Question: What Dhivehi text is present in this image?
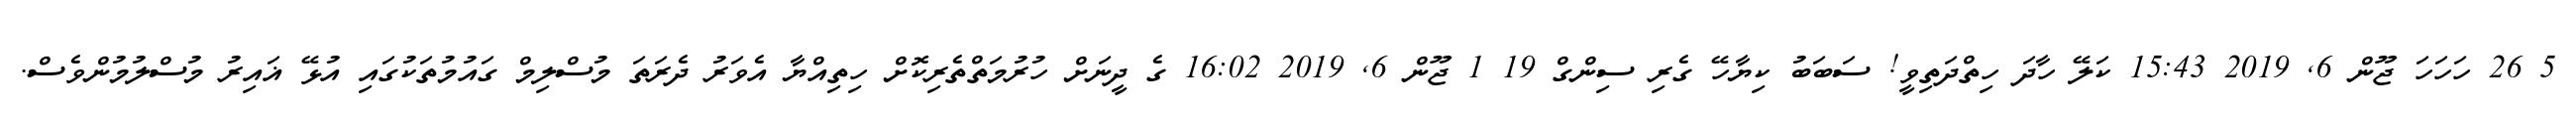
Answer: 5 26 ހަހަހަ ޖޫން 6, 2019 15:43 ކަލޭ ހާދަ ހިތްދަތިވީ! ސަބަބު ކިޔާހޭ ގެރި ސިންގް 19 1 ޖޫން 6, 2019 16:02 ގެ ދީނަށް ހުރުމަތްތެރިކޮށް ހިތިއްޔާ އެވަރު ދެރަތަ މުސްލިމް ގައުމުތަކުގައި އުޅޭ ޣައިރު މުސްލުމުންވެސް.